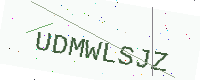
Text: UDMWLSJZ